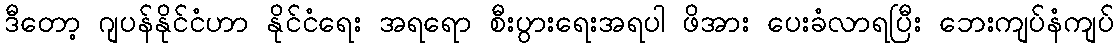
ဒီတော့ ဂျပန်နိုင်ငံဟာ နိုင်ငံရေး အရရော စီးပွားရေးအရပါ ဖိအား ပေးခံလာရပြီး ဘေးကျပ်နံကျပ်